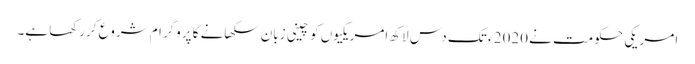
امریکی حکومت نے 2020 ء تک دس لاکھ امریکیوں کو چینی زبان سکھانے کا پروگرام شروع کررکھا ہے۔